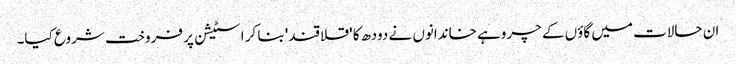
ان حالات میں گاؤں کے چروہے خاندانوں نے دودھ کا 'قلاقند' بنا کر اسٹیشن پر فروخت شروع کیا۔